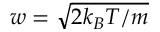
w = \sqrt { 2 k _ { B } T / m }